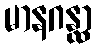
မာနဂန္ထာ